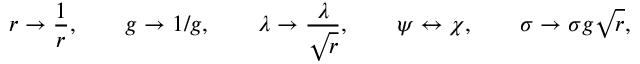
r \rightarrow \frac { 1 } { r } , \qquad g \rightarrow 1 / g , \qquad \lambda \rightarrow \frac { \lambda } { \sqrt { r } } , \qquad \psi \leftrightarrow \chi , \qquad \sigma \rightarrow \sigma g \sqrt { r } ,